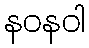
နဝနဝါ